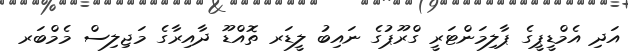
އަދި އެމްޑީޕީގެ ޕާލިމަންޓަރީ ގްރޫޕުގެ ނައިބު ލީޑަރ ތޮއްޑޫ ދާއިރާގެ މަޖިލިސް މެމްބަރ